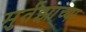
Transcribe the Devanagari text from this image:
मुर्तझाच्या